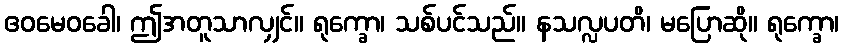
ဧဝမေဝခေါ၊ ဤအတူသာလျှင်။ ရုက္ခော၊ သစ်ပင်သည်။ နသလ္လပတိ၊ မပြောဆို။ ရုက္ခော၊